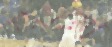
যায়ো